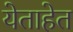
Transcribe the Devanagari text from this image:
येताहेत